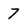
Character: 7